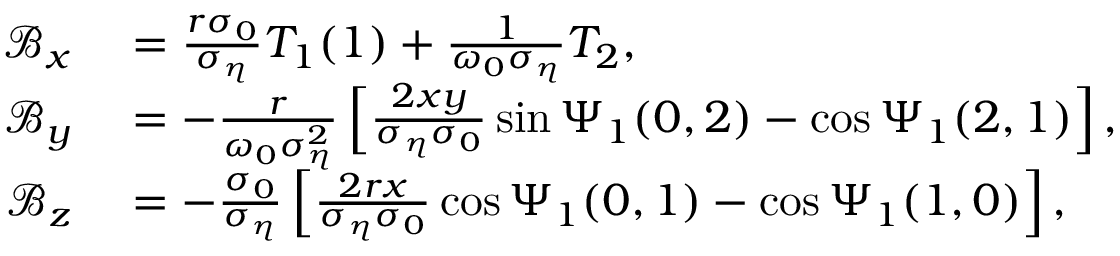
\begin{array} { r l } { \mathcal { B } _ { x } } & { { } = \frac { r \sigma _ { 0 } } { \sigma _ { \eta } } T _ { 1 } ( 1 ) + \frac { 1 } { \omega _ { 0 } \sigma _ { \eta } } T _ { 2 } , } \\ { \mathcal { B } _ { y } } & { { } = - \frac { r } { \omega _ { 0 } \sigma _ { \eta } ^ { 2 } } \left[ \frac { 2 x y } { \sigma _ { \eta } \sigma _ { 0 } } \sin \Psi _ { 1 } ( 0 , 2 ) - \cos \Psi _ { 1 } ( 2 , 1 ) \right] , } \\ { \mathcal { B } _ { z } } & { { } = - \frac { \sigma _ { 0 } } { \sigma _ { \eta } } \left[ \frac { 2 r x } { \sigma _ { \eta } \sigma _ { 0 } } \cos \Psi _ { 1 } ( 0 , 1 ) - \cos \Psi _ { 1 } ( 1 , 0 ) \right] , } \end{array}